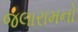
જલારામનો